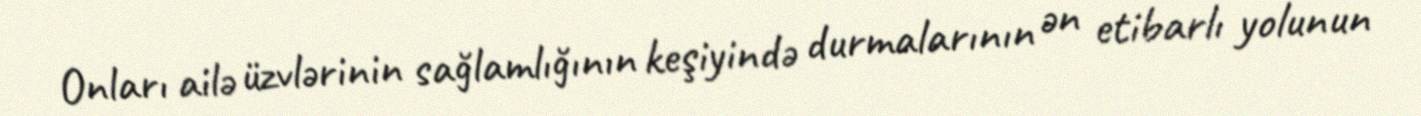
Onları ailə üzvlərinin sağlamlığının keşiyində durmalarının ən etibarlı yolunun